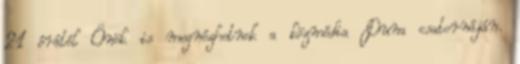
21 órától Önök is megnézhetnek a közmédia Duna csatornáján.